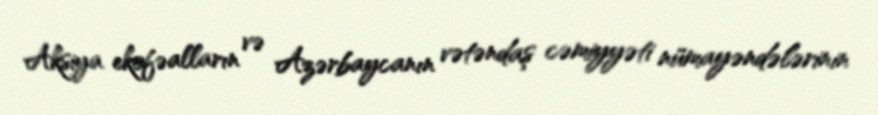
Aksiya ekofəalların və Azərbaycanın vətəndaş cəmiyyəti nümayəndələrinin